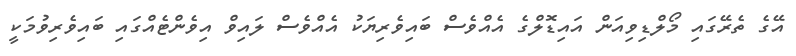
އޭގެ ތެރޭގައި މޯލްޑިވިއަން އައިޑޮލްގެ އެއްވެސް ބައިވެރިޔަކު އެއްވެސް ލައިވް އިވެންޓެއްގައި ބައިވެރިވުމަކީ